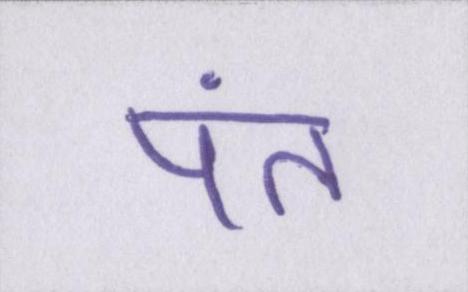
पंत